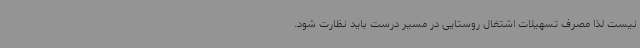
نیست لذا مصرف تسهیلات اشتغال روستایی در مسیر درست باید نظارت شود.